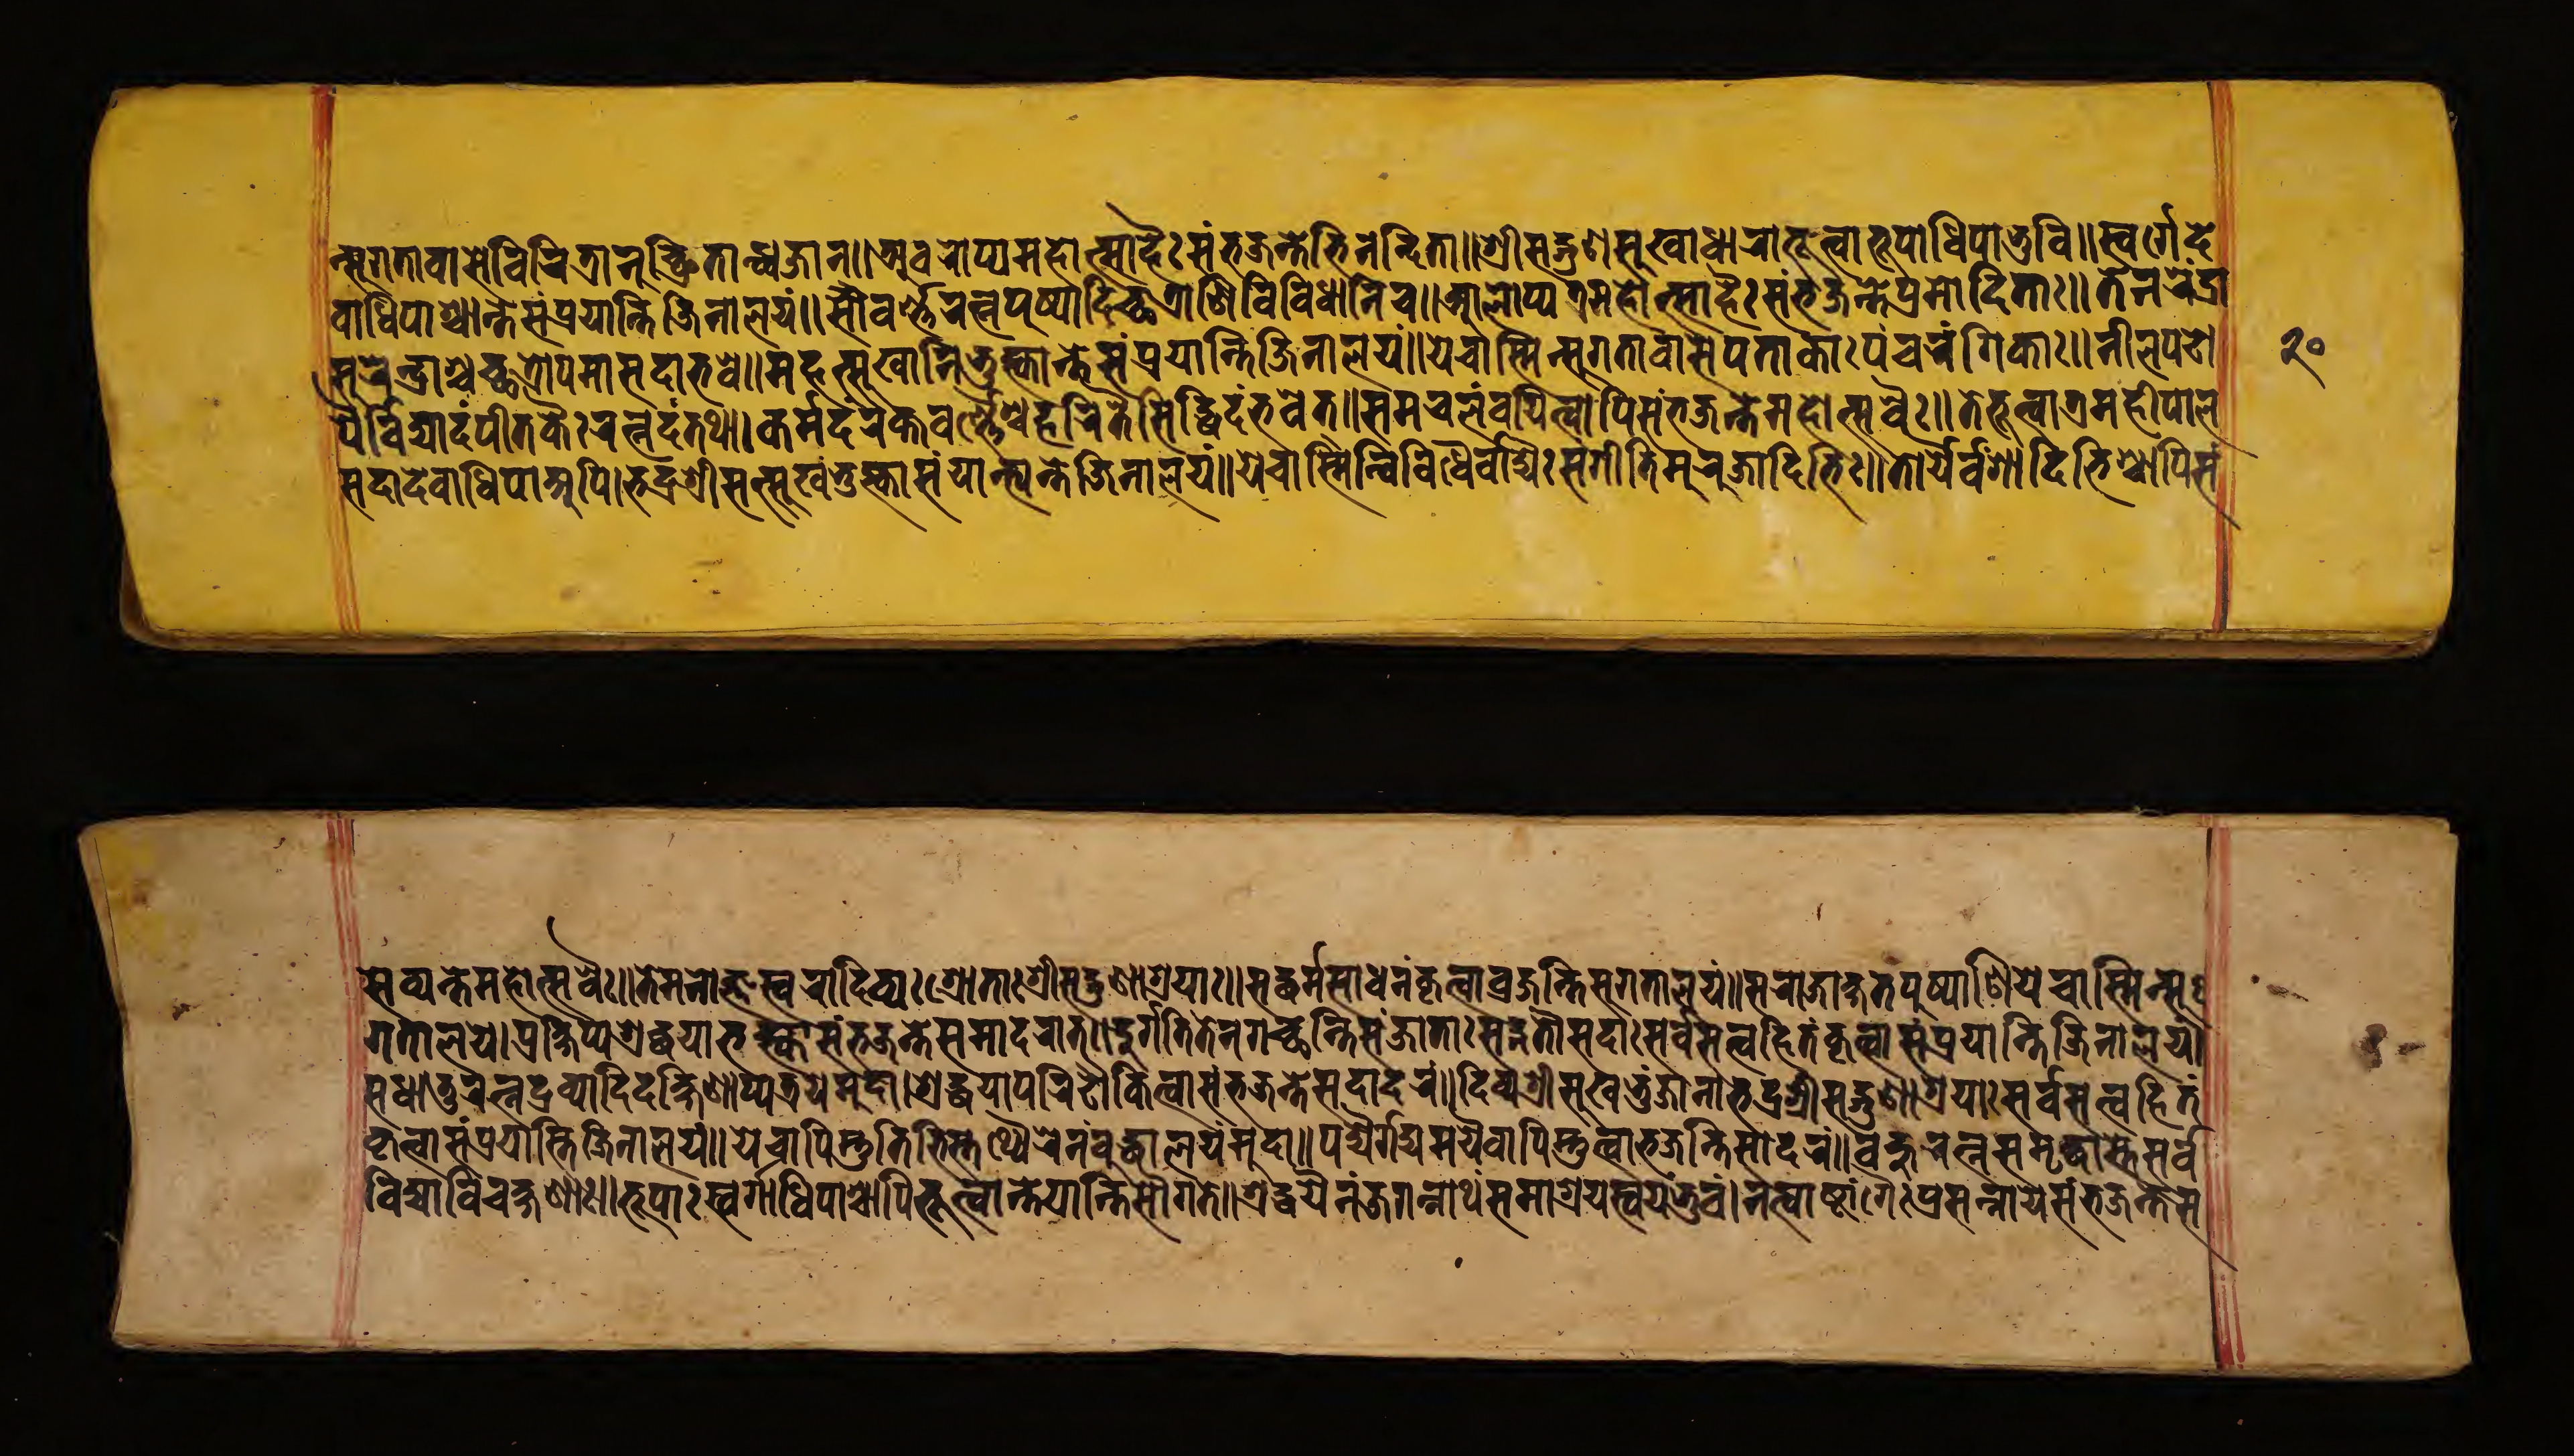
𑐣𑑂𑐳𑐸𑐐𑐟𑐵𑐰𑐵𑐳𑐾𑐰𑐶𑐔𑐶𑐟𑑂𑐬𑐵𑐣𑐸𑐔𑑂𑐕𑑂𑐬𑐶𑐟𑐵𑐣𑑂𑐢𑑂𑐰𑐖𑐵𑐣𑑂॥𑐀𑐰𑐬𑑀𑐥𑑂𑐫𑐩𑐴𑑀𑐟𑑂𑐳𑐵𑐴𑐿𑑅𑐳𑑄𑐨𑐖𑐣𑑂𑐟𑐾𑐨𑐶𑐣𑐣𑑂𑐡𑐶𑐟𑐵॥𑐱𑑂𑐬𑐷𑐳𑐡𑑂𑐐𑐸𑐞𑐳𑐸𑐏𑐢𑐵𑐬𑐵𑐨𑐹𑐟𑑂𑐰𑐵𑐨𑐹𑐥𑐵𑐢𑐶𑐥𑐵𑐨𑐸𑐰𑐶॥𑐳𑑂𑐰𑐬𑑂𑐐𑐾𑐡𑐾 𑐰𑐵𑐢𑐶𑐥𑐵𑐱𑑂𑐔𑐵𑐣𑑂𑐟𑐾𑐳𑑄𑐥𑑂𑐬𑐫𑐵𑐣𑑂𑐟𑐶𑐖𑐶𑐣𑐵𑐮𑐫𑑄॥𑐳𑑁𑐰𑐬𑑂𑐞𑑂𑐞𑐬𑐟𑑂𑐣𑐥𑐸𑐲𑑂𑐥𑐵𑐡𑐶𑐕𑐟𑑂𑐬𑐵𑐞𑐶𑐰𑐶𑐰𑐶𑐢𑐵𑐣𑐶𑐫𑐾॥𑐁𑐬𑑀𑐥𑑂𑐫𑐟𑑂𑐬𑐩𑐴𑑀𑐟𑑂𑐳𑐵𑐴𑐿𑑅𑐳𑑄𑐨𑐖𑐣𑑂𑐟𑐾𑐥𑑂𑐬𑐩𑑀𑐡𑐶𑐟𑐵𑑅॥𑐟𑐾𑐣𑐬𑐾𑑄𑐡𑑂𑐬𑐵 𑐳𑐸𑐬𑐾𑐣𑑂𑐡𑑂𑐬𑐵𑐱𑑂𑐔𑐕𑐟𑑂𑐬𑑀𑐥𑐩𑐵𑑅𑐳𑐡𑐵𑐨𑐰𑐾॥𑐩𑐴𑐟𑑂𑐳𑐸𑐏𑐵𑐣𑐶𑐨𑐸𑐎𑑂𑐟𑑂𑐰𑐵𑐣𑑂𑐟𑐾𑐳𑑄𑐥𑑂𑐬𑐫𑐵𑐣𑑂𑐟𑐶𑐖𑐶𑐣𑐵𑐮𑐫𑑄॥𑐫𑐾𑐔𑐵𑐳𑑂𑐩𑐶𑑄𑐳𑐸𑐐𑐟𑐵𑐰𑐵𑐳𑐾𑐥𑐟𑐵𑐎𑐵𑑅𑐥𑐘𑑂𑐔𑐬𑐒𑑂𑐐𑐶𑐎𑐵𑑅॥𑐣𑐷𑐮𑐥𑐜𑑀 𑐥𑐬𑑂𑐰𑐶𑐫𑐵𑐡𑑄𑐥𑐷𑐟𑐎𑐿𑑅𑐬𑐟𑑂𑐣𑐡𑑄𑐟𑐠𑐵।𑐎𑐬𑑂𑐩𑐡𑑄𑐬𑐎𑑂𑐟𑐰𑐬𑑂𑐞𑐾𑐱𑑂𑐔𑐴𑐬𑐶𑐎𑐿𑐳𑐶𑐡𑑂𑐢𑐶𑐡𑑄𑐨𑐰𑐾𑐟𑑂॥𑐳𑐩𑐵𑐰𑐮𑑄𑐰𑐫𑐶𑐟𑑂𑐰𑐵𑐥𑐶𑐳𑑄𑐨𑐡𑑂𑐬𑐣𑑂𑐟𑐾𑐩𑐴𑑀𑐟𑑂𑐳𑐰𑐿𑑅॥𑐟𑐾𑐨𑐹𑐟𑑂𑐰𑐵𑐟𑑂𑐬𑐩𑐴𑐷𑐥𑐵𑐮 𑐳𑐡𑐵𑐡𑐾𑐰𑐵𑐢𑐶𑐥𑐵𑐀𑐥𑐶॥𑐨𑐡𑑂𑐬𑐱𑑂𑐬𑐷𑐳𑐟𑑂𑐳𑐸𑐏𑑄𑐨𑐸𑐎𑑂𑐟𑑂𑐰𑐵𑐳𑑄𑐫𑐵𑐟𑑂𑐫𑐣𑑂𑐟𑐾𑐖𑐶𑐣𑐵𑐮𑐫𑑄॥𑐫𑐾𑐔𑐵𑐳𑑂𑐩𑐶𑐣𑑂𑐰𑐶𑐰𑐶𑐢𑐿𑐬𑑂𑐰𑐵𑐡𑑂𑐫𑐿𑑅𑐳𑑄𑐐𑐷𑐟𑐶𑐩𑐸𑐬𑐸𑐖𑐵𑐡𑐶𑐨𑐶𑑅॥𑐟𑑁𑐬𑑂𑐫𑐿𑐰𑑄𑐱𑐵𑐡𑐶𑐨𑐶𑐱𑑂𑐔𑐵𑐥𑐶𑐳𑑄 𑐳𑐾𑐰𑑂𑐫𑐣𑑂𑐟𑐾𑐩𑐴𑑀𑐟𑑂𑐳𑐰𑐿𑑅॥𑐟𑐾𑐩𑐣𑑀𑐖𑑂𑐘𑐳𑑂𑐰𑐣𑐵𑐡𑐶𑐰𑑂𑐫𑐱𑑂𑐬𑐷𑐱𑑂𑐬𑐷𑐱𑑂𑐬𑐷𑐳𑐡𑑂𑐐𑐸𑐞𑐵𑐱𑑂𑐬𑐫𑐵𑑅॥𑐳𑐡𑑂𑐢𑐬𑑂𑐩𑑂𑐩𑐳𑐵𑐢𑐣𑑄𑐎𑐺𑐟𑑂𑐰𑐵𑐰𑑂𑐬𑐖𑐣𑑂𑐟𑐶𑐳𑐸𑐐𑐟𑐵𑐮𑐫𑑄॥𑐳𑐮𑐵𑐖𑐵𑐎𑑂𑐲𑐟𑐥𑐸𑐲𑑂𑐥𑐵𑐞𑐶𑐫𑐾𑐔𑐵𑐳𑑂𑐩𑐶𑐣𑑂𑐳𑐸 𑐐𑐟𑐵𑐮𑐫𑐾।𑐥𑑂𑐬𑐎𑑂𑐲𑐶𑐥𑑂𑐫𑐱𑑂𑐬𑐡𑑂𑐢𑐫𑐵𑐨𑐎𑑂𑐟𑑂𑐫𑐵𑐳𑑄𑐨𑐖𑐣𑑂𑐟𑐾𑐳𑐩𑐵𑐡𑐬𑐵𑐟𑑂॥𑐡𑐸𑐬𑑂𑐐𑐟𑐶𑐣𑑂𑐟𑐾𑐣𑐐𑐔𑑂𑐕𑐣𑑂𑐟𑐶𑐳𑑄𑐖𑐵𑐟𑐵𑑅𑐳𑐒𑑂𑐐𑐟𑑁𑐳𑐡𑐵𑐳𑐬𑑂𑐰𑐳𑐟𑑂𑐟𑑂𑐰𑐴𑐶𑐟𑑄𑐎𑐺𑐟𑑂𑐰𑐵𑐳𑑄𑐥𑑂𑐬𑐫𑐵𑐣𑑂𑐟𑐶𑐖𑐶𑐣𑐵𑐮𑐫𑑄। 𑐳𑐢𑐵𑐟𑐸𑐡𑑂𑐬𑐰𑑂𑐫𑐬𑐟𑑂𑐣𑐵𑐡𑐶𑐡𑐎𑑂𑐲𑐶𑐞𑐵𑐣𑑂𑐫𑐟𑑂𑐬𑐫𑐾𑐩𑐸𑐡𑐵।𑐱𑑂𑐬𑐡𑑂𑐢𑐫𑐵𑐥𑐬𑐶𑐝𑑁𑐎𑐶𑐟𑑂𑐰𑐵𑐳𑑄𑐨𑐖𑐣𑑂𑐟𑐾𑐳𑐡𑐵𑐡𑐬𑑄॥𑐡𑐶𑐰𑑂𑐫𑐱𑑂𑐬𑐷𑐳𑐸𑐏𑐨𑐸𑑄𑐖𑐵𑐣𑐵𑐨𑐡𑑂𑐬𑐱𑑂𑐬𑐷𑐳𑐡𑑂𑐐𑐸𑐞𑐵𑐱𑑂𑐬𑐫𑐵𑑅𑐳𑐬𑑂𑐰𑐳𑐟𑑂𑐟𑑂𑐰𑐴𑐶𑐟𑑄 𑐎𑐺𑐟𑑂𑐰𑐵𑐳𑑄𑐥𑑂𑐬𑐫𑐵𑐣𑑂𑐟𑐶𑐖𑐶𑐣𑐵𑐮𑐫𑐾॥𑐫𑐾𑐔𑐵𑐥𑐶𑐳𑑂𑐟𑐸𑐟𑐶𑐨𑐶𑐳𑑂𑐟𑐠𑑂𑐫𑐿𑐬𑐾𑐣𑑄𑐧𑐸𑐡𑑂𑐢𑐵𑐮𑐫𑑄𑐩𑐸𑐡𑐵॥𑐥𑐡𑑂𑐫𑐿𑐬𑑂𑐐𑐡𑑂𑐫𑐩𑐫𑐿𑐱𑑂𑐔𑐵𑐥𑐶𑐳𑑂𑐟𑐸𑐟𑑂𑐰𑐵𑐨𑐖𑐣𑑂𑐟𑐶𑐳𑐵𑐡𑐬𑑄॥𑐧𑐴𑐸𑐬𑐟𑑂𑐣𑐳𑐩𑐺𑐡𑑂𑐢𑐵𑐳𑑂𑐟𑐾𑐳𑐬𑑂𑐰 𑐰𑐶𑐡𑑂𑐫𑐵𑐰𑐶𑐔𑐎𑑂𑐲𑐞𑐵𑑅॥𑐨𑐹𑐥𑐵𑑅𑐳𑑂𑐰𑐬𑑂𑐐𑐵𑐢𑐶𑐥𑐵𑐱𑑂𑐔𑐵𑐥𑐶𑐨𑐹𑐟𑑂𑐰𑐵𑐣𑑂𑐟𑐾𑐫𑐵𑐣𑑂𑐟𑐶𑐳𑑁𑐐𑐟𑐾॥𑐱𑑂𑐬𑐡𑑂𑐢𑐫𑐿𑐣𑑄𑐖𑐐𑐣𑑂𑐣𑐵𑐠𑑄𑐳𑐩𑐵𑐱𑑂𑐬𑐫𑑄𑐳𑑂𑐰𑐫𑐩𑑂𑐨𑐹𑐰𑑄॥𑐣𑐟𑑂𑐰𑐵𑐲𑑂𑐚𑐵𑑄𑐐𑐿𑑅𑐥𑑂𑐬𑐳𑐣𑑂𑐣𑐵𑐫𑐾𑐳𑑄𑐨𑐖𑐣𑑂𑐟𑐾𑐳 𑑒𑑐